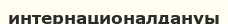
интернационалдануы